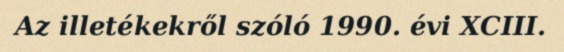
Az illetékekről szóló 1990. évi XCIII.